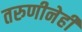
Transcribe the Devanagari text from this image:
तरुणीनेही